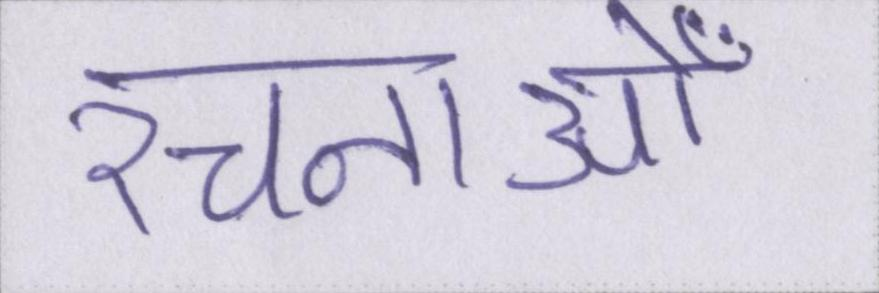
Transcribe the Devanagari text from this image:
रचनाओँ